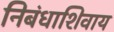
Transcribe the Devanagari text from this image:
निबंधाशिवाय